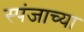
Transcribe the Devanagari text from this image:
स्पंजाच्या